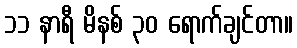
၁၁ နာရီ မိနစ် ၃၀ ရောက်ချင်တာ။